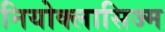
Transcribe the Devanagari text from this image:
नियोक्लासिज्म